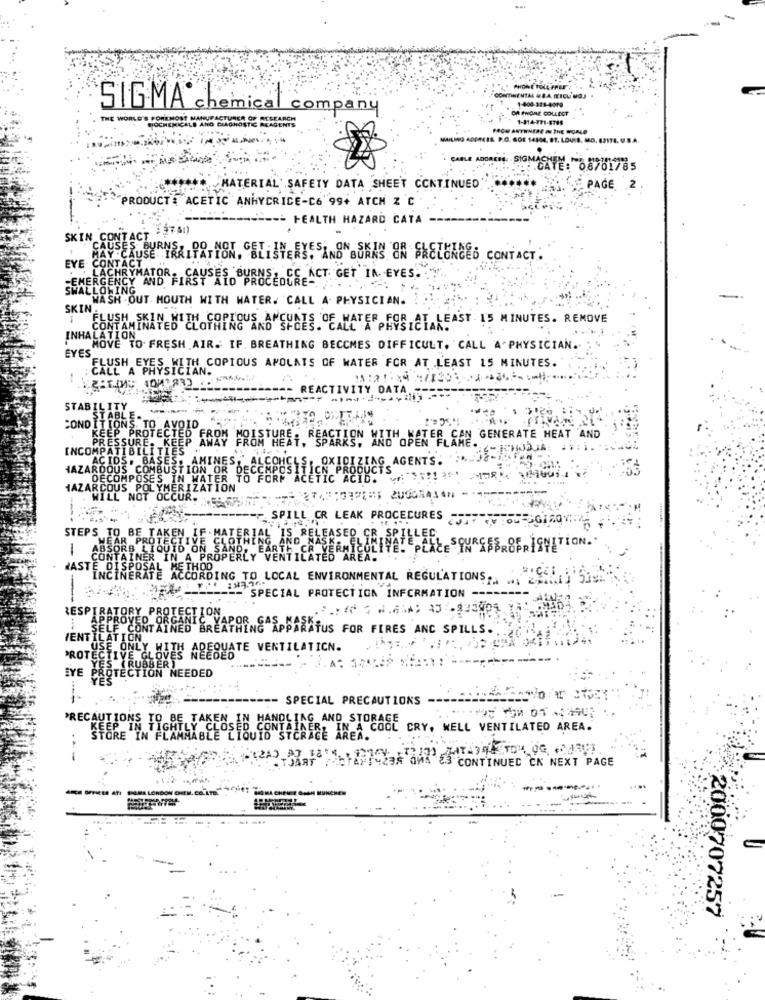
CONTINENTAL WAAIERCL MOJ
1-400-321-4019
SIGMA chemical con
COLLECT
THE WORLD
HOST MANUFACTURER OF RESEARCH
1-114-771-4795
ANG DIAGNOSTIC REAGENTS
IL P.O. SOE 14104, ST. LOUIS, MO, 6317E. U.S.A.
CABLE ADO
. . 08781785
MATERIAL SAFETY DATA SHEET CONTINUED
PAGE 2
"PRODUCT ="ACETIC ANHYDRIDE-C6 994 ATCH Z C
-- HEALTH HAZARD CATA
SKIN CO
TACT
MAY .C
USES BURNER APATHON. CELiSTERYE SANGNBONAS OR SHELEACED CONTACT .
EYE CONTACT
EMERGENCY AND FIRST AID BURVEZDEREACT GET IN EYES.
SWALLOWING
WASH OUT. MOUTH WITH WATER. CALL A. PHYSICIAN.
SKIN
FLUSH SKIVE BIEL COPNOUSKONSULES OF WATER FOR,AT LEAST 15 MINUTES. REMOVE
INHALATION
EYES
MOVE TO FRESH AIR. IF BREATHING BECOMES DIFFICULT. CALL A PHYSICIAN.
FLUSH EYES WITH COPIOUS APOLATS OF WATER FOR AT LEAST 15 MINUTES.
CALL A PHYSICIAN.
Заши: ФФИ 832_г.
---- REACTIVITY DATA
STABILITY
CONDITIONS
EP PROYECYESD
PRESSURE. KE
THOMETER, CAN GENERATE HEAT AND
INCOMPATIBILIT
BERRY FRUSTHEST, REAGAKON AND OPEN
ACIDS. BASES. AMINES
AG AGENTS.
HAZARDOUS COMBUSTION OR DECOMPOS
AMINES: ALCON
DECOMPOSES IN WATER TO FORM
HPRODUCT'S
C ACID ..
NOT OCCUR ..
SPILL CR LEAK PROCEDURES FOU- 12V
STEPS TO BE TAKEN
IF . MATERIAL AND
IS RELEASED CR. SPI
1
"MEAR PROTECT
ABSORB LIQUID ON
INER IN A PROPERLY V
TES"
WASTERSINERATE ACCORDING TO LOCAL ENVIRONMENTAL REGULATIONS ....
---- SPECIAL PROTECTION INFORMATION -
RESPIRATORY PR
APPROVED ORCANT LON
BREI
YAPOR
PPARATUS FOR FIRES ANC SPILLS ..
VENTILATION
PROTECTIVE GLOVES ALESUSTE VENTILATICN.
USE. ONLY, !
SIRUBBE
EYE
YES
PROTECTION NEEDED
SPECIAL PRECAUTIONS
TAG. AND STORAGE
KEEP IN TIGHTLY CLOSE
COOL CRY, WELL VENTILATED AREA.
STORE IN FLAMMABLE
83 CONTINUED CK NEXT PAGE
OFFMEES ATI SAMA LONDON CHEM. CO.LTD.
2000707257